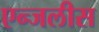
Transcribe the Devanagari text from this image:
एन्जलीस